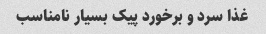
غذا سرد و برخورد پیک بسیار نامناسب